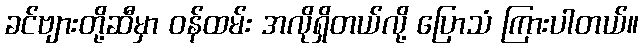
ခင်ဗျားတို့ဆီမှာ ဝန်ထမ်း အလိုရှိတယ်လို့ ပြောသံ ကြားပါတယ်။